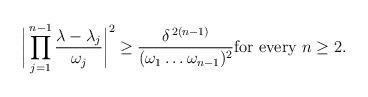
LaTeX: \begin{align*}\biggl|\, \prod_{j=1}^{n-1}\dfrac{\lambda -\lambda _{j}}{\omega _{j}}\biggr|^{2}\ge\dfrac{\delta ^{\,2(n-1)}}{(\omega _{1}\dots\omega _{n-1})^{2}}\textrm{for every}\ n\ge 2.\end{align*}